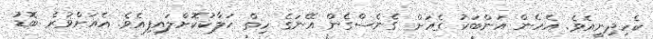
ކެހިދިނީއެވެ. އެހެން އަންބަކު ގެއަށް ގެނެސްގެން އޭނަގެ ހިތް ހަލާކުކޮށްލައިފިއެވެ. އެއަށްވުރެ ބޮޑު